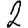
Digit: 2